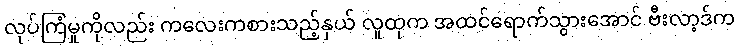
လုပ်ကြံမှုကိုလည်း ကလေးကစားသည့်နှယ် လူထုက အထင်ရောက်သွားအောင် ဗီးလာ့ဒ်က